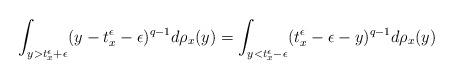
LaTeX: \begin{align*}&\int_{y>t^\epsilon_x+\epsilon}(y-t^\epsilon_x-\epsilon)^{q-1}d\rho_x(y)=\int_{y<t^\epsilon_x-\epsilon}(t^\epsilon_x-\epsilon-y)^{q-1}d\rho_x(y)\\\end{align*}